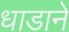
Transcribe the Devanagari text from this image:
धाडाने